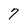
Character: 7